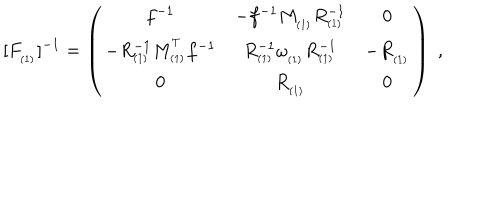
\lbrack F _ { _ { ( 1 ) } } ] ^ { - 1 } = \left( \begin{array} { c c c } { { f ^ { - 1 } } } & { { - f ^ { - 1 } M _ { _ { ( 1 ) } } R _ { _ { ( 1 ) } } ^ { - 1 } } } & { { 0 } } \\ { { - R _ { _ { ( 1 ) } } ^ { - 1 } M _ { _ { ( 1 ) } } ^ { ^ T } f ^ { - 1 } } } & { { R _ { _ { ( 1 ) } } ^ { - 1 } \omega _ { _ { ( 1 ) } } R _ { _ { ( 1 ) } } ^ { - 1 } } } & { { - R _ { _ { ( 1 ) } } } } \\ { { 0 } } & { { R _ { _ { ( 1 ) } } } } & { { 0 } } \\ \end{array} \right) \; ,